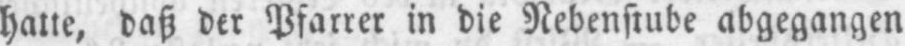
hatte, daß der Pfarrer in die Nebenstube abgegangen